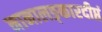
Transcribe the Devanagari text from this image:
नानालङ्कारदीप्तं